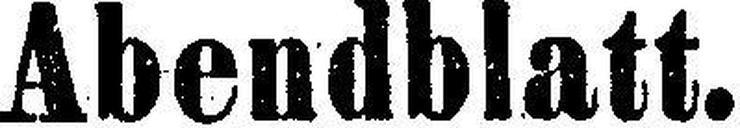
Abendblatt.